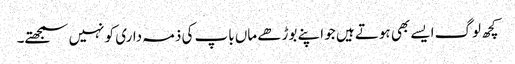
کچھ لوگ ایسے بھی ہوتے ہیں جو اپنے بوڑھے ماں باپ کی ذمہ داری کو نہیں سمجھتے۔